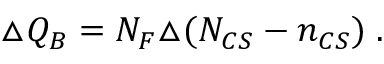
\triangle Q _ { B } = N _ { F } \triangle ( N _ { C S } - n _ { C S } ) \; .